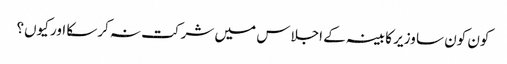
کون کون سا وزیر کابینہ کے اجلاس میں شرکت نہ کرسکا اور کیوں؟